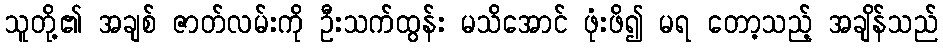
သူတို့၏ အချစ် ဇာတ်လမ်းကို ဦးသက်ထွန်း မသိအောင် ဖုံးဖိ၍ မရ တော့သည့် အချိန်သည်